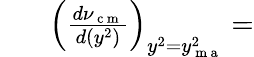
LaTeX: \begin{array}{rl}{~~~}&{{}\left(\frac{d\nu_{\mathrm{~c~m~}}}{d(y^{2})}\right)_{y^{2}=y_{\mathrm{~m~a~}}^{2}}=}\end{array}